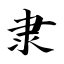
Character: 隶